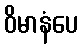
ဝိမာနံပေ